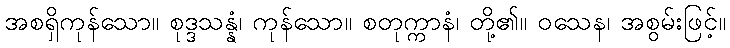
အစရှိကုန်သော။ စုဒ္ဒသန္နံ၊ ကုန်သော။ စတုက္ကာနံ၊ တို့၏။ ဝသေန၊ အစွမ်းဖြင့်။